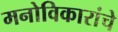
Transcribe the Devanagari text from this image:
मनोविकारांचे